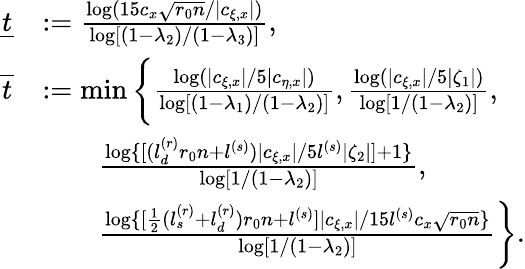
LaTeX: \begin{array}{rl}{\underline{{t}}}&{:=\frac{\log(15c_{x}\sqrt{r_{0}n}/|c_{\xi,x}|)}{\log[(1-\lambda_{2})/(1-\lambda_{3})]},}\\ {\overline{{t}}}&{:=\operatorname*{min}\bigg\{ \frac{\log(|c_{\xi,x}|/5|c_{\eta,x}|)}{\log[(1-\lambda_{1})/(1-\lambda_{2})]},\frac{\log(|c_{\xi,x}|/5|\zeta_{1}|)}{\log[1/(1-\lambda_{2})]},}\\ &{\qquad\frac{\log\{ [(l_{d}^{(r)}r_{0}n+l^{(s)})|c_{\xi,x}|/5l^{(s)}|\zeta_{2}|]+1\} }{\log[1/(1-\lambda_{2})]},}\\ &{\qquad\frac{\log\{ [\frac 12(l_{s}^{(r)}+l_{d}^{(r)})r_{0}n+l^{(s)}]|c_{\xi,x}|/15l^{(s)}c_{x}\sqrt{r_{0}n}\} }{\log[1/(1-\lambda_{2})]}\bigg\} .}\end{array}